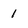
Character: 1